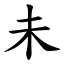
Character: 未